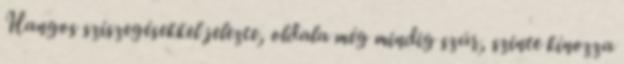
Hangos sziszegésekkel jelezte, oldala még mindig szúr, szinte kínozza